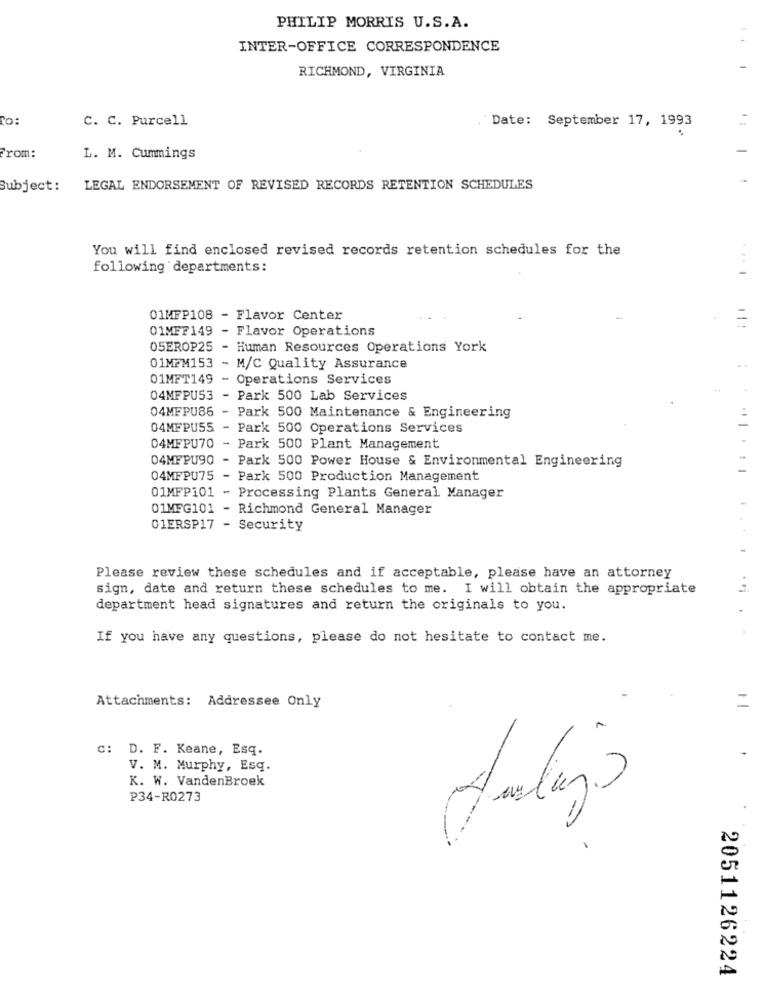
PHILIP MORRIS U.S.A.
INTER-OFFICE CORRESPONDENCE
RICHMOND, VIRGINIA
To:
C. C. Purcell
. `Date: September 17, 1993
From:
L. M. Cummings
Subject:
LEGAL ENDORSEMENT OF REVISED RECORDS RETENTION SCHEDULES
You will find enclosed revised records retention schedules for the
following departments:
01MFP108 - Flavor Center
01MFF149 - Flavor Operations
1:
05EROP25 - Human Resources Operations York
01MFM153 - M/C Quality Assurance
01MFT149 - Operations Services
04MFPU53 - Park 500 Lab Services
04MFPU86 - Park 500 Maintenance & Engineering
04MFPU55 - Park 500 Operations Services
04MFPU70 - Park 500 Plant Management
04MFPU90 - Park 500 Power House & Environmental Engineering
04MFPU75 - Park 500 Production Management
01MFP101 - Processing Plants General Manager
01MFG101 - Richmond General Manager
01ERSP17 - Security
Please review these schedules and if acceptable, please have an attorney
sign, date and return these schedules to me. I will obtain the appropriate
department head signatures and return the originals to you.
If you have any questions, please do not hesitate to contact me.
Attachments: Addressee Only
=
A
C: D. F. Keane, Esq.
V. M. Murphy, Esq.
K. W. VandenBroek
P34-RO273
2051126224